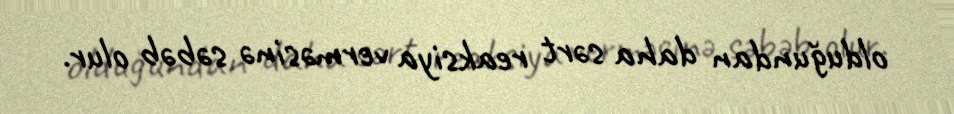
olduğundan daha sərt reaksiya verməsinə səbəb olur.